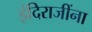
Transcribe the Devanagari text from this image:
इंदिराजींना